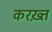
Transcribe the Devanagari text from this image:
करख़्त